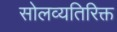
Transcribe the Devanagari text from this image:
सोलव्यतिरिक्त